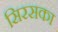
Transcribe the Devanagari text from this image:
सिरसका